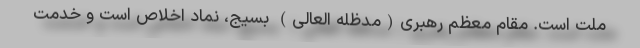
ملت است. مقام معظم رهبری(مدظله العالی) بسیج، نماد اخلاص است و خدمت